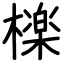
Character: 檪